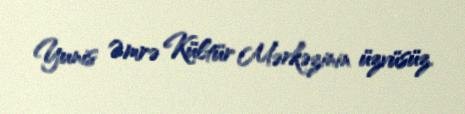
Yunis Əmrə Kültür Mərkəzinin üzvüsüz.